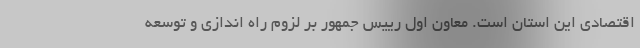
اقتصادی این استان است. معاون اول رییس جمهور بر لزوم راه اندازی و توسعه